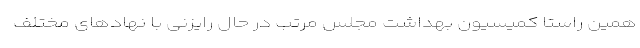
همین راستا کمیسیون بهداشت مجلس مرتب در حال رایزنی با نهادهای مختلف